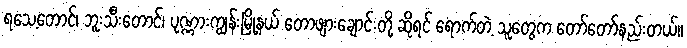
ရသေ့တောင်၊ ဘူးသီးတောင်၊ ပုဏ္ဏားကျွန်းမြို့နယ် တောဖျားချောင်းတို့ ဆိုရင် ရောက်တဲ့ သူတွေက တော်တော်နည်းတယ်။